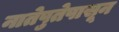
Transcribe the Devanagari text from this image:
नातेपुतेपासून